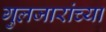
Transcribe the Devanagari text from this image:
गुलजारांच्या